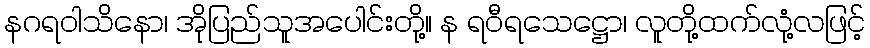
နဂရဝါသိနော၊ အိုပြည်သူအပေါင်းတို့။ န ရဝီရသေဋ္ဌော၊ လူတို့ထက်လုံ့လဖြင့်